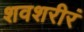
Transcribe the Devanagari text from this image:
शवशरीरं